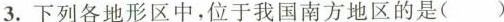
3.下列各地形区中，位于我国南方地区的是()